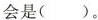
会是()。